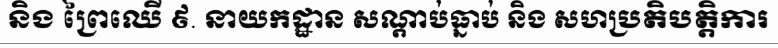
និង ព្រៃឈើ ៩. នាយកដ្ឋាន សណ្តាប់ធ្នាប់ និង សហប្រតិបត្តិការ